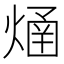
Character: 𤌐